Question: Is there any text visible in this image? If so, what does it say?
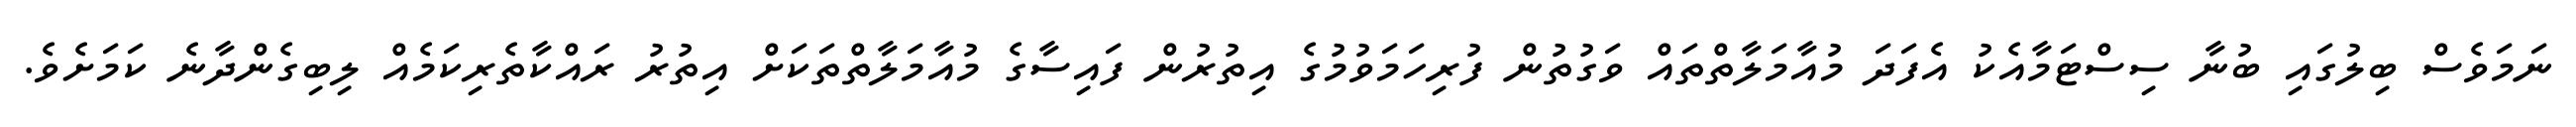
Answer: ނަމަވެސް ބިލުގައި ބުނާ ސިސްޓަމާއެކު އެފަދަ މުއާމަލާތްތައް ވަގުތުން ފުރިހަމަވުމުގެ އިތުރުން ފައިސާގެ މުއާމަލާތްތަކަށް އިތުރު ރައްކާތެރިކަމެއް ލިބިގެންދާނެ ކަމަށެވެ.